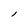
Character: I